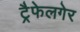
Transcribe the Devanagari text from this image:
ट्रैफेलगेर